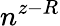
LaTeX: n^{z-R}